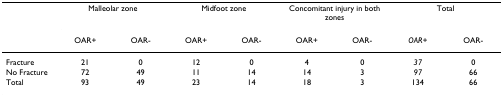
<table><thead><tr><td></td><td colspan="2"><b>Malleolar zone</b></td><td colspan="2"><b>Midfoot zone</b></td><td colspan="2"><b>Concomitant injury in both zones</b></td><td colspan="2"><b>Total</b></td></tr><tr><td></td><td><b>OAR+</b></td><td><b>OAR-</b></td><td><b>OAR+</b></td><td><b>OAR-</b></td><td><b>OAR+</b></td><td><b>OAR-</b></td><td><b><i>OAR+</i></b></td><td><b>OAR-</b></td></tr></thead><tbody><tr><td>Fracture</td><td>21</td><td>0</td><td>12</td><td>0</td><td>4</td><td>0</td><td><i>37</i></td><td>0</td></tr><tr><td>No Fracture</td><td>72</td><td>49</td><td>11</td><td>14</td><td>14</td><td>3</td><td><i>97</i></td><td>66</td></tr><tr><td>Total</td><td>93</td><td>49</td><td>23</td><td>14</td><td>18</td><td>3</td><td>134</td><td>66</td></tr></tbody></table>